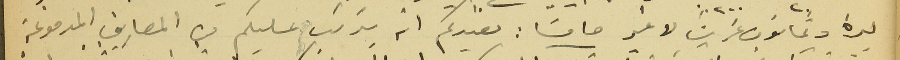
ليرة وثمانون غرشًا لا غير خامسًَا: نفيدكم انه يتريب عليكم من المصاريف المدفوعة